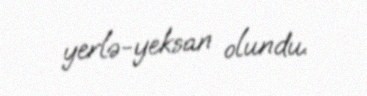
yerlə-yeksan olundu.